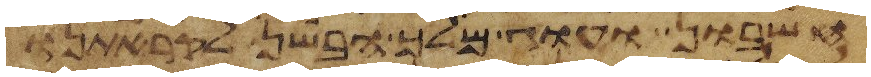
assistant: חשבון ועוג מלך הבשן לקראתנו